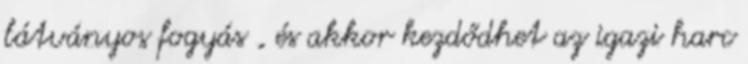
látványos fogyás , és akkor kezdődhet az igazi harc